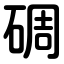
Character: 碉